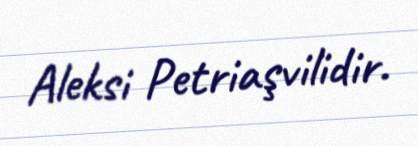
Aleksi Petriaşvilidir.